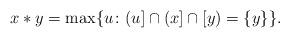
LaTeX: \begin{align*} x*y = \max\{u\colon (u] \cap (x] \cap [y) = \{y\}\}.\end{align*}